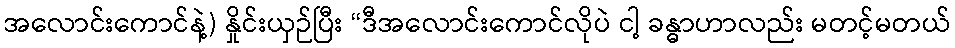
အလောင်းကောင်နဲ့) နှိုင်းယှဉ်ပြီး “ဒီအလောင်းကောင်လိုပဲ ငါ့ ခန္ဓာဟာလည်း မတင့်မတယ်